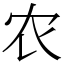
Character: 农